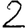
Digit: 2